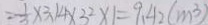
= \frac { 1 } { 3 } \times 3 . 1 4 \times 3 ^ { 2 } \times 1 = 9 . 4 2 ( m ^ { 3 } )